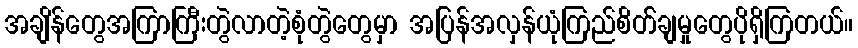
အချိန်တွေအကြာကြီးတွဲလာတဲ့စုံတွဲတွေမှာ အပြန်အလှန်ယုံကြည်စိတ််ချမှုတွေပိုရှိကြတယ်။